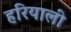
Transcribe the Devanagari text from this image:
हरियाली